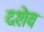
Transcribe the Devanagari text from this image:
दशेव